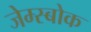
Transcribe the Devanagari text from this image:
जेम्स्बोक